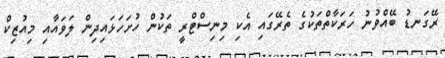
ރޭގަނޑު ބޭއްވުނު ހަރަކާތްތަކުގެ ތެރޭގައި އެކި މިނިސްޓްރީ ތަކުން ހުށަހަޅައިދިން ލަވައާއި މިއުޒިކް